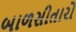
બાળસીતારો